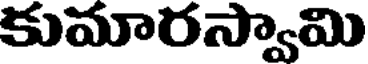
కుమారస్వామి